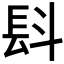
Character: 𣁸